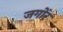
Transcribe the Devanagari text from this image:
जगोंर